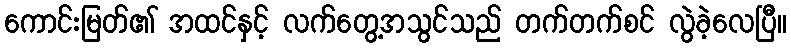
ကောင်းမြတ်၏ အထင်နှင့် လက်တွေ့အသွင်သည် တက်တက်စင် လွဲခဲ့လေပြီ။